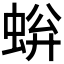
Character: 𫊿